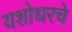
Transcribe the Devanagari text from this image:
यशोधरचे